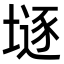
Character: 𡐌